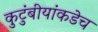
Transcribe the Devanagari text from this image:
कुटुंबीयांकडेच